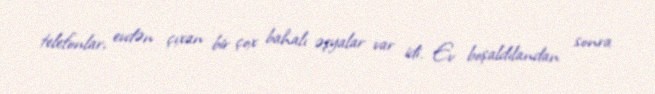
telefonlar, evdən çıxan bir çox bahalı əşyalar var idi. Ev boşaldılandan sonra